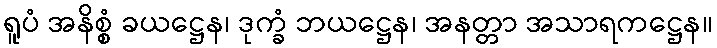
ရူပံ အနိစ္စံ ခယဋ္ဌေန၊ ဒုက္ခံ ဘယဋ္ဌေန၊ အနတ္တာ အသာရကဋ္ဌေန။